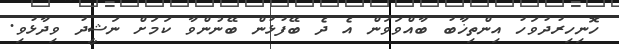
ހޮނިހިރުދުވަހު އިންތިޚާބު ބާއްވަވަން އެ ދެ ބޭފުޅުން ބޭނުންވާ ކަމަށް ނަޝީދު ވިދާޅުވި.